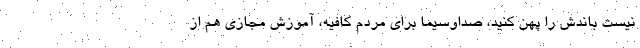
نیست باندش را پهن کنید، صداوسیما برای مردم کافیه، آموزش مجازی هم از